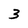
Character: 3